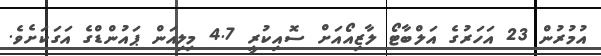
އުމުރުން 23 އަހަރުގެ އަލްބާޓޯ ލާޒިއޯއަށް ސޮއިކުރީ 4.7 މިލިއަން ޕައުންޑްގެ އަގަކަށެވެ.